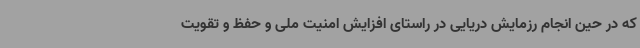
که در حین انجام رزمایش دریایی در راستای افزایش امنیت ملی و حفظ و تقویت